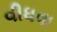
વીધવા